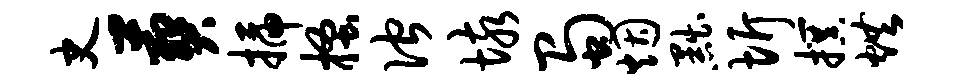
史葬插搔伫垓蜀烟黜圻撰烘